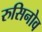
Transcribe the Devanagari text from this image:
रुसिनोव